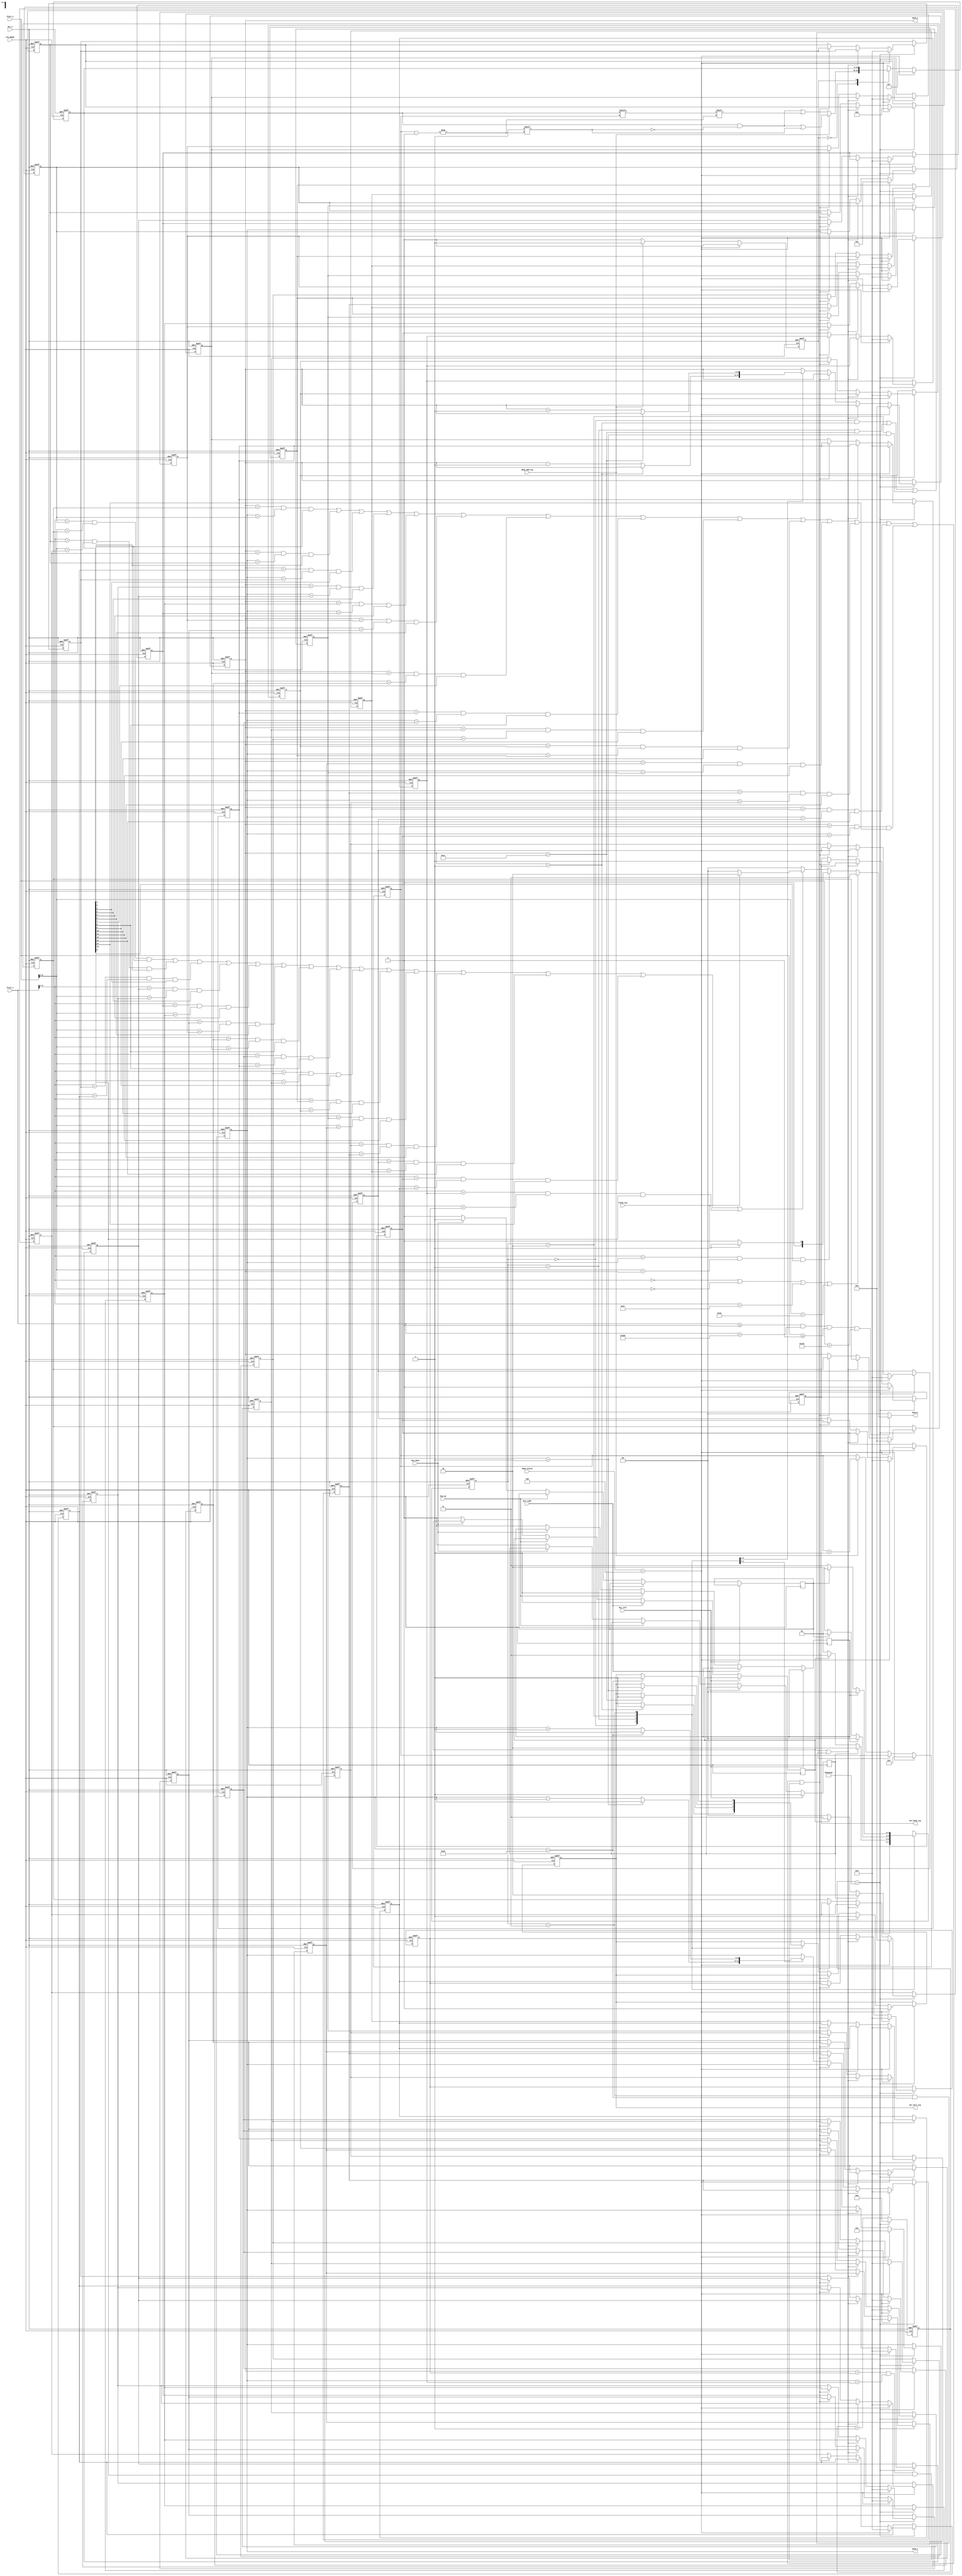
module Snake_ctrl_module//
(
	input Clk_50mhz,//50M
	input Rst_n,//
	
	input Key_left,//
	input Key_right,//
	input Key_up,//
	input Key_down,//
	
	output reg [1:0] Object,// 00NONE 01HEAD 10BODY 11WALL
									//VGAObject
	input [9:0] Pixel_x,//45
	input [9:0] Pixel_y,//
	
	output [5:0] Head_x,	//X
	output [5:0] Head_y,//Y
	
	input Body_add_sig,//
	
	input [2:0] Game_status,//3START001PLAY010END100
	
	output reg Hit_body_sig,//
	output reg Hit_wall_sig,//
	input Flash_sig//
);
/***************************************************************************/
	
	localparam Up = 2'b00;
	localparam Down = 2'b01;
	localparam Left = 2'b10;
	localparam Right = 2'b11;
	
	
	localparam NONE = 2'b00;
	localparam HEAD = 2'b01;
	localparam BODY = 2'b10;
	localparam WALL = 2'b11;
	
	
	parameter   END = 3'b100;
/***************************************************************************/
/***************************************************************************/
	
	reg [6:0] Body_num;//716
	
	reg [31:0] Count;//32
	
	wire [1:0] Direct;
	reg [1:0] Direct_r;//
	reg [1:0] Direct_next;//
	
	assign Direct = Direct_r;
	
	
	reg Direct_left;//
	reg Direct_right;//
	reg Direct_up;//
	reg Direct_down;//
	
	reg [5:0] Body_x [15:0];//0~156bits
	reg [5:0] Body_y [15:0];// 16*16
	reg [15:0] Snake_light_sig;//10
	
	reg [2:0] color;//RGB
	
	assign Head_x = Body_x[0];//Body_xBody_y
	assign Head_y = Body_y[0];
	
/***************************************************************************/
	
	always @ (posedge Clk_50mhz or negedge Rst_n)
	begin
		if(!Rst_n)
			Direct_r <= Right;//
		else
			Direct_r <= Direct_next;
	end

/***************************************************************************/
/***************************************************************************/
	
	always @ (posedge Clk_50mhz or negedge Rst_n)
	begin
		if(!Rst_n)
		begin
			Count <= 32'd0;
			//XY
			Body_x[0] <= 6'd10;//X10
			Body_y[0] <= 6'd5;//Y5
			
			Body_x[1] <= 6'd9;//X9
			Body_y[1] <= 6'd5;//Y5
			
			Body_x[2] <= 6'd8;//X8
			Body_y[2] <= 6'd5;//Y5
			
			//016
			Body_x[3] <= 6'd0;
			Body_y[3] <= 6'd0;
			
			Body_x[4] <= 6'd0;
			Body_y[4] <= 6'd0;
			
			Body_x[5] <= 6'd0;
			Body_y[5] <= 6'd0;
			
			Body_x[6] <= 6'd0;
			Body_y[6] <= 6'd0;
			
			Body_x[7] <= 6'd0;
			Body_y[7] <= 6'd0;
			
			Body_x[8] <= 6'd0;
			Body_y[8] <= 6'd0;
			
			Body_x[9] <= 6'd0;
			Body_y[9] <= 6'd0;
			
			Body_x[10] <= 6'd0;
			Body_y[10] <= 6'd0;
			
			Body_x[11] <= 6'd0;
			Body_y[11] <= 6'd0;
			
			Body_x[12] <= 6'd0;
			Body_y[12] <= 6'd0;
			
			Body_x[13] <= 6'd0;
			Body_y[13] <= 6'd0;
			
			Body_x[14] <= 6'd0;
			Body_y[14] <= 6'd0;
			
			Body_x[15] <= 6'd0;
			Body_y[15] <= 6'd0;
			
			Hit_wall_sig <= 1'd0;
			Hit_body_sig <= 1'd0;
		end
		else	if(Count == 32'd12_500_000) //0.02us*12'500'000 = 0.25s
				begin
					Count <= 32'd0;
		//************************************************			
					if(Game_status == END)
					begin
						Body_x[0] <= 6'd10;//X10
						Body_y[0] <= 6'd5;//Y5
						
						Body_x[1] <= 6'd9;//X9
						Body_y[1] <= 6'd5;//Y5
						
						Body_x[2] <= 6'd8;//X8
						Body_y[2] <= 6'd5;//Y5
						
						//016
						Body_x[3] <= 6'd0;
						Body_y[3] <= 6'd0;
						
						Body_x[4] <= 6'd0;
						Body_y[4] <= 6'd0;
						
						Body_x[5] <= 6'd0;
						Body_y[5] <= 6'd0;
						
						Body_x[6] <= 6'd0;
						Body_y[6] <= 6'd0;
						
						Body_x[7] <= 6'd0;
						Body_y[7] <= 6'd0;
						
						Body_x[8] <= 6'd0;
						Body_y[8] <= 6'd0;
						
						Body_x[9] <= 6'd0;
						Body_y[9] <= 6'd0;
						
						Body_x[10] <= 6'd0;
						Body_y[10] <= 6'd0;
						
						Body_x[11] <= 6'd0;
						Body_y[11] <= 6'd0;
						
						Body_x[12] <= 6'd0;
						Body_y[12] <= 6'd0;
						
						Body_x[13] <= 6'd0;
						Body_y[13] <= 6'd0;
						
						Body_x[14] <= 6'd0;
						Body_y[14] <= 6'd0;
						
						Body_x[15] <= 6'd0;
						Body_y[15] <= 6'd0;
						
						Hit_wall_sig <= 1'd0;
						Hit_body_sig <= 1'd0;

					end
					else
					begin//Y = 1Y = 28X = 1X = 38~
						if(((Direct == Up) && (Body_y[0] == 6'd1)) | 
							((Direct == Down) && (Body_y[0] == 6'd28)) | 
							((Direct == Left) && (Body_x[0] == 6'd1)) | 
							((Direct == Right) && (Body_x[0] == 6'd38)))
							
							Hit_wall_sig <= 1'd1;
						else if(((Body_y[0] == Body_y[1]) && (Body_x[0] == Body_x[1]) && (Snake_light_sig[1] == 1'd1)) | 
								((Body_y[0] == Body_y[2]) && (Body_x[0] == Body_x[2]) && (Snake_light_sig[2] == 1'd1)) | 
								((Body_y[0] == Body_y[3]) && (Body_x[0] == Body_x[3]) && (Snake_light_sig[3] == 1'd1)) | 
								((Body_y[0] == Body_y[4]) && (Body_x[0] == Body_x[4]) && (Snake_light_sig[4] == 1'd1)) | 
								((Body_y[0] == Body_y[5]) && (Body_x[0] == Body_x[5]) && (Snake_light_sig[5] == 1'd1)) | 
								((Body_y[0] == Body_y[6]) && (Body_x[0] == Body_x[6]) && (Snake_light_sig[6] == 1'd1)) | 
								((Body_y[0] == Body_y[7]) && (Body_x[0] == Body_x[7]) && (Snake_light_sig[7] == 1'd1)) | 
								((Body_y[0] == Body_y[8]) && (Body_x[0] == Body_x[8]) && (Snake_light_sig[8] == 1'd1)) | 
								((Body_y[0] == Body_y[9]) && (Body_x[0] == Body_x[9]) && (Snake_light_sig[9] == 1'd1)) | 
								((Body_y[0] == Body_y[10]) && (Body_x[0] == Body_x[10]) && (Snake_light_sig[10] == 1'd1)) | 
								((Body_y[0] == Body_y[11]) && (Body_x[0] == Body_x[11]) && (Snake_light_sig[11] == 1'd1)) | 
								((Body_y[0] == Body_y[12]) && (Body_x[0] == Body_x[12]) && (Snake_light_sig[12] == 1'd1)) | 
								((Body_y[0] == Body_y[13]) && (Body_x[0] == Body_x[13]) && (Snake_light_sig[13] == 1'd1)) | 
								((Body_y[0] == Body_y[14]) && (Body_x[0] == Body_x[14]) && (Snake_light_sig[14] == 1'd1)) | 
								((Body_y[0] == Body_y[15]) && (Body_x[0] == Body_x[15]) && (Snake_light_sig[15] == 1'd1)))
								
								Hit_body_sig <= 1'd1;//Y=YX=X=
						else
						begin//~
							Body_x[1] <= Body_x[0];
							Body_y[1] <= Body_y[0];
							
							Body_x[2] <= Body_x[1];
							Body_y[2] <= Body_y[1];
							
							Body_x[3] <= Body_x[2];
							Body_y[3] <= Body_y[2];
							
							Body_x[4] <= Body_x[3];
							Body_y[4] <= Body_y[3];
							
							Body_x[5] <= Body_x[4];
							Body_y[5] <= Body_y[4];
							
							Body_x[6] <= Body_x[5];
							Body_y[6] <= Body_y[5];
							
							Body_x[7] <= Body_x[6];
							Body_y[7] <= Body_y[6];
							
							Body_x[8] <= Body_x[7];
							Body_y[8] <= Body_y[7];
							
							Body_x[9] <= Body_x[8];
							Body_y[9] <= Body_y[8];
							
							Body_x[10] <= Body_x[9];
							Body_y[10] <= Body_y[9];
							
							Body_x[11] <= Body_x[10];
							Body_y[11] <= Body_y[10];
							
							Body_x[12] <= Body_x[11];
							Body_y[12] <= Body_y[11];
							
							Body_x[13] <= Body_x[12];
							Body_y[13] <= Body_y[12];
							
							Body_x[14] <= Body_x[13];
							Body_y[14] <= Body_y[13];
							
							Body_x[15] <= Body_x[14];
							Body_y[15] <= Body_y[14];
						
							case(Direct)//, 							
								Up:
									begin
									if(Body_y[0] == 6'd1)//1
											Hit_wall_sig <= 1'd1;
										else
											Body_y[0] <= Body_y[0] - 6'd1;// - 10Y - 1
									end
								
								Down:
									begin
										if(Body_y[0] == 6'd28)
											Hit_wall_sig <= 1'd1;
										else
											Body_y[0] <= Body_y[0] + 6'd1;
									end
								Left:
									begin
										if(Body_x[0] == 6'd1)
											Hit_wall_sig <= 1'd1;
										else
											Body_x[0] <= Body_x[0] - 6'd1;// + 10X - 1	
									end
								
								Right:
									begin
										if(Body_x[0] == 6'd38)
											Hit_wall_sig <= 1'd1;
										else
											Body_x[0] <= Body_x[0] + 6'd1;
									end
							endcase																	
						end					
					end
			end 
		else
			Count <= Count + 32'd1;//0.251
	end
/***************************************************************************/
	
	always @ (posedge Clk_50mhz)//
	begin
		if(Key_left == 1'd1)
				Direct_left <= 1'd1;//
		else if(Key_right == 1'd1)
				Direct_right <= 1'd1;
		else if(Key_up == 1'd1)
				Direct_up <= 1'd1;
		else if(Key_down == 1'd1)
				Direct_down <= 1'd1;			
		else 
		begin
			Direct_left <= 1'd0;
			Direct_right <= 1'd0;
			Direct_up <= 1'd0;
			Direct_down <= 1'd0;
		end
	end
	/***************************************************************************/
	
	always @ (*)//
	begin   //
		Direct_next = Right;//
		
		case(Direct)
			Up://Direct_nextDirect_nextDirect_rDirect
				begin
					if(Direct_left)
						Direct_next = Left;
					else if(Direct_right)
						Direct_next = Right;
					else
						Direct_next = Up;
				end
			
			Down:
				begin
					if(Direct_left)
						Direct_next = Left;
					else if(Direct_right)
						Direct_next = Right;
					else
						Direct_next = Down;
				end		
			Left:
				begin
					if(Direct_up)
						Direct_next = Up;
					else if(Direct_down)
						Direct_next = Down;
					else
						Direct_next = Left;
				end
			
			Right:
				begin
					if(Direct_up)
						Direct_next = Up;
					else if(Direct_down)
						Direct_next = Down;
					else
						Direct_next = Right;
				end		
		endcase
	end

/***************************************************************************/
	reg Eaten_sig;//
	
	always @ (posedge Clk_50mhz or negedge Rst_n)//Body_add_sig == 1"Snake_light_sig[Body_num] <= 1;",Body_num
	begin
		if(!Rst_n)
		begin
			Snake_light_sig <= 16'd7;//01113
			Body_num <= 7'd3;
			Eaten_sig <= 1'd0;//3Snake_light_sig = 0000_0000_0111
		end		
		else if(Game_status == END)
				begin
					Body_num <= 7'd3;
					Eaten_sig <= 1'd0;
					Snake_light_sig <= 16'd7;
				end 
		else				
		begin//
			case(Eaten_sig)
				1'd0	:
					begin
						if(Body_add_sig)
						begin
							Body_num <= Body_num + 7'd1;
							Snake_light_sig[Body_num] <= 1'b1;
							Eaten_sig <= 1'd1;//
						end
						else
							Snake_light_sig[Body_num] <= Snake_light_sig[Body_num];
					end
				1'd1	:
					begin
						if(!Body_add_sig)//0
							Eaten_sig <= 0;
						else
							Eaten_sig <= Eaten_sig;
					end
			endcase
		end
	end
	
	
	always @ (Pixel_x or Pixel_y or Snake_light_sig or Flash_sig)//=
	begin
		if((Pixel_x >= 10'd0) && (Pixel_x < 10'd640) && (Pixel_y >= 10'd0) && (Pixel_y < 10'd480))//640*480
		begin
			if(Pixel_x[9:4] == 6'd0 |
				Pixel_y[9:4] == 6'd0 | 
				Pixel_x[9:4] == 6'd39 | 
				Pixel_y[9:4] == 6'd29)
				
				Object = WALL;//
			else if(Pixel_x[9:4] == Body_x[0] && Pixel_y[9:4] == Body_y[0] && Snake_light_sig[0] == 1'd1)//
					Object = (Flash_sig == 1'd1)?		HEAD		:		NONE;//
			else if(((Pixel_x[9:4] == Body_x[1]) && (Pixel_y[9:4] == Body_y[1]) && (Snake_light_sig[1] == 1'd1)) | 
					 ((Pixel_x[9:4] == Body_x[2]) && (Pixel_y[9:4] == Body_y[2]) && (Snake_light_sig[2] == 1'd1)) | 
					 ((Pixel_x[9:4] == Body_x[3]) && (Pixel_y[9:4] == Body_y[3]) && (Snake_light_sig[3] == 1'd1)) | 
					 ((Pixel_x[9:4] == Body_x[4]) && (Pixel_y[9:4] == Body_y[4]) && (Snake_light_sig[4] == 1'd1)) | 
					 ((Pixel_x[9:4] == Body_x[5]) && (Pixel_y[9:4] == Body_y[5]) && (Snake_light_sig[5] == 1'd1)) | 
					 ((Pixel_x[9:4] == Body_x[6]) && (Pixel_y[9:4] == Body_y[6]) && (Snake_light_sig[6] == 1'd1)) | 
					 ((Pixel_x[9:4] == Body_x[7]) && (Pixel_y[9:4] == Body_y[7]) && (Snake_light_sig[8] == 1'd1)) | 
					 ((Pixel_x[9:4] == Body_x[8]) && (Pixel_y[9:4] == Body_y[8]) && (Snake_light_sig[8] == 1'd1)) | 
					 ((Pixel_x[9:4] == Body_x[9]) && (Pixel_y[9:4] == Body_y[9]) && (Snake_light_sig[9] == 1'd1)) | 
					 ((Pixel_x[9:4] == Body_x[10]) && (Pixel_y[9:4] == Body_y[10]) && (Snake_light_sig[10] == 1'd1)) | 
					 ((Pixel_x[9:4] == Body_x[11]) && (Pixel_y[9:4] == Body_y[11]) && (Snake_light_sig[11] == 1'd1)) | 
					 ((Pixel_x[9:4] == Body_x[12]) && (Pixel_y[9:4] == Body_y[12]) && (Snake_light_sig[12] == 1'd1)) | 
					 ((Pixel_x[9:4] == Body_x[13]) && (Pixel_y[9:4] == Body_y[13]) && (Snake_light_sig[13] == 1'd1)) | 
					 ((Pixel_x[9:4] == Body_x[14]) && (Pixel_y[9:4] == Body_y[14]) && (Snake_light_sig[14] == 1'd1)) | 
					 ((Pixel_x[9:4] == Body_x[15]) && (Pixel_y[9:4] == Body_y[15]) && (Snake_light_sig[15] == 1'd1)))
					//					
					Object = (Flash_sig == 1)?		BODY		:		NONE;//
			else 
					Object = NONE;
		end
		else
			Object = NONE;
	end
	
endmodule